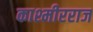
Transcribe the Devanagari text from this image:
काश्मीरराज